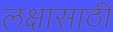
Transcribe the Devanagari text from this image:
लक्षासाठी